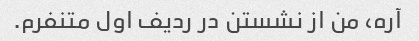
آره، من از نشستن در ردیف اول متنفرم.